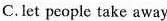
C.let people take away